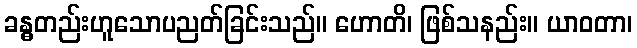
ခန္ဓတည်းဟူသောပညတ်ခြင်းသည်။ ဟောတိ၊ ဖြစ်သနည်း။ ယာဝတာ၊